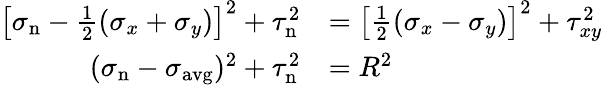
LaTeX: {\begin{array}{rl}{\left[\sigma_{\mathrm{n}}-{\frac{1}{2}}(\sigma_{x}+\sigma_{y})\right]^{2}+\tau_{\mathrm{n}}^{2}}&{=\left[{\frac{1}{2}}(\sigma_{x}-\sigma_{y})\right]^{2}+\tau_{xy}^{2}}\\ {(\sigma_{\mathrm{n}}-\sigma_{\mathrm{avg}})^{2}+\tau_{\mathrm{n}}^{2}}&{=R^{2}}\end{array}}